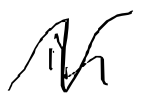
Text: in
Cross-out: zig-zag
Writing tool: digital_black